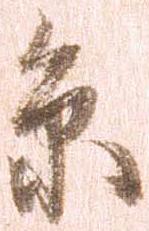
糸